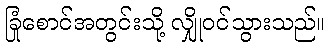
ခြုံစောင်အတွင်းသို့ လျှိုဝင်သွားသည်။